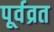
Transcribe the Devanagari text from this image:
पूर्वव्रत